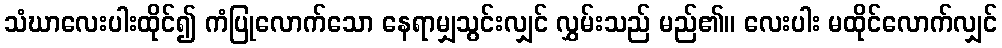
သံဃာလေးပါးထိုင်၍ ကံပြုလောက်သော နေရာမျှသွင်းလျှင် လွှမ်းသည် မည်၏။ လေးပါး မထိုင်လောက်လျှင်